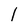
Character: l